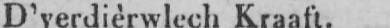
D’verdièrwlech Kraaft.